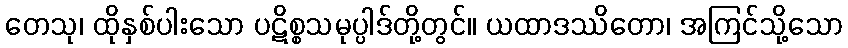
တေသု၊ ထိုနှစ်ပါးသော ပဋိစ္စသမုပ္ပါဒ်တို့တွင်။ ယထာဒဿိတော၊ အကြင်သို့သော